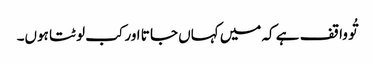
تُو وا قف ہے کہ میں کہاں جا تا اور کب لو ٹتا ہوں۔